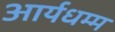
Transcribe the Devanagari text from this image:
आर्यधम्म